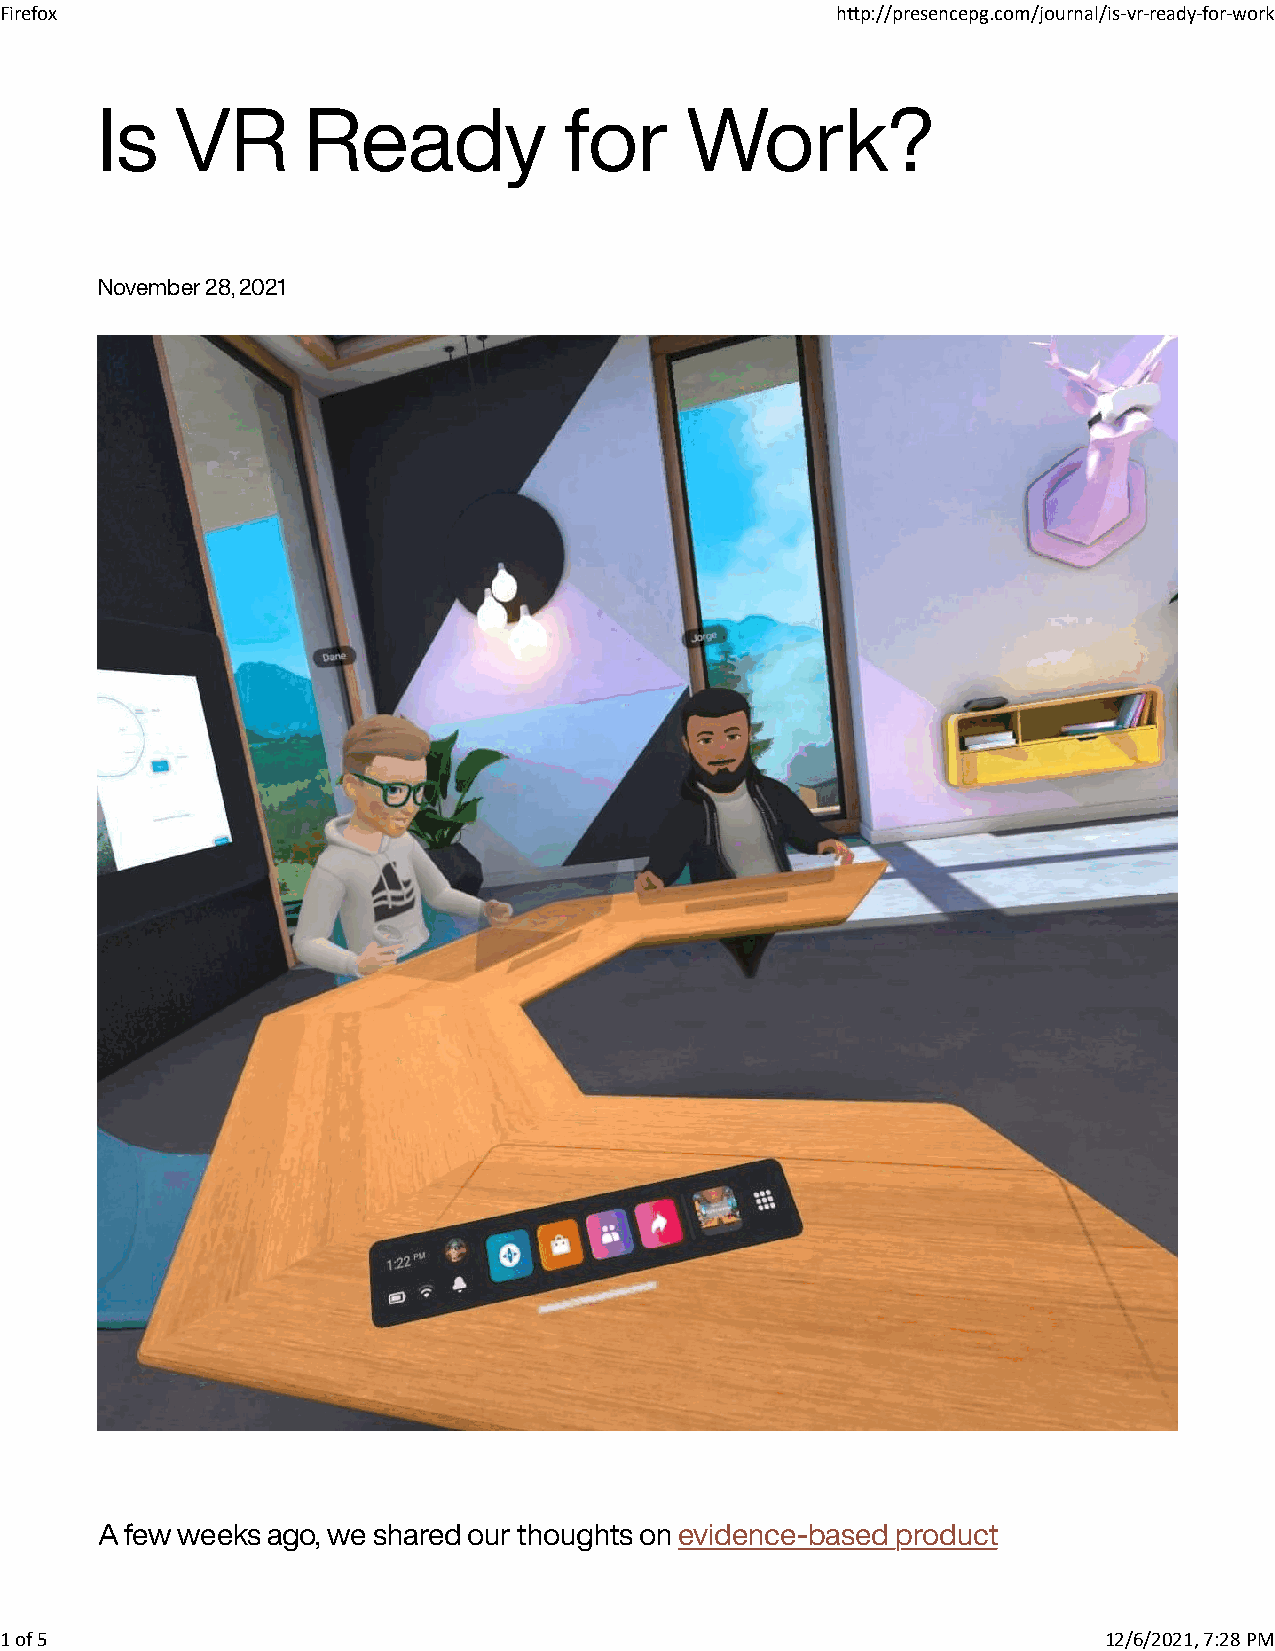
Firefox                                                h�p://presencepg.com/journal/is-vr-ready-for-work
 Is    VR      Ready            for     Work?
 November 28, 2021
 A few weeks ago, we shared our thoughts on evidence-based product
 1 of 5                                                                   12/6/2021, 7:28 PM